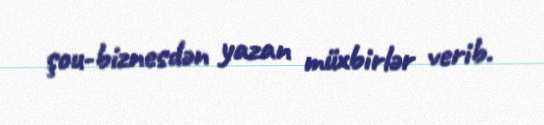
şou-biznesdən yazan müxbirlər verib.